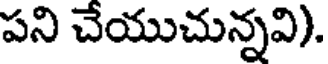
పని చేయుచున్నవి).